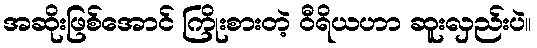
အဆိုးဖြစ်အောင် ကြိုးစားတဲ့ ဝီရိယဟာ ဆူးလှည်းပဲ။